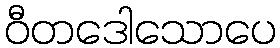
ဝီတဒေါသောပေ